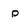
Character: p